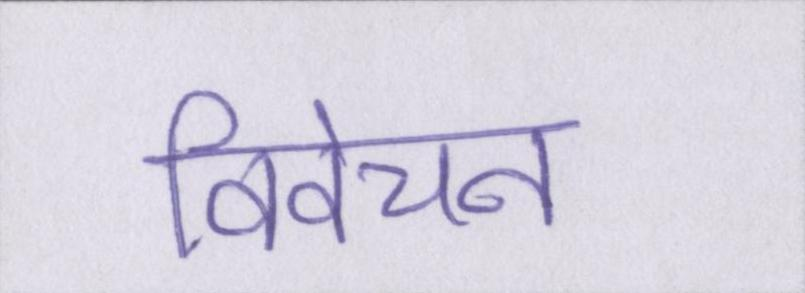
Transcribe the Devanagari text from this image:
विवेचन